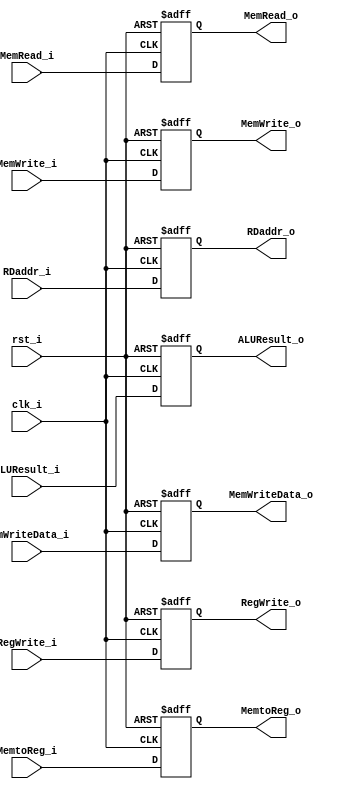
module EX_MEM(
    clk_i, 
    rst_i,
    RegWrite_i, 
    MemtoReg_i, 
    MemRead_i, 
    MemWrite_i, 
    ALUResult_i, 
    MemWriteData_i, 
    RDaddr_i, 
    RegWrite_o, 
    MemtoReg_o, 
    MemRead_o, 
    MemWrite_o, 
    ALUResult_o, 
    MemWriteData_o, 
    RDaddr_o
);

input clk_i;
input rst_i;
input RegWrite_i;
input MemtoReg_i;
input MemRead_i;
input MemWrite_i;
input [31:0] ALUResult_i;
input [31:0] MemWriteData_i;
input [4:0] RDaddr_i;
output RegWrite_o;
output MemtoReg_o;
output MemRead_o;
output MemWrite_o;
output [31:0] ALUResult_o;
output [31:0] MemWriteData_o;
output [4:0] RDaddr_o; 

reg RegWrite_o;
reg MemtoReg_o;
reg MemRead_o;
reg MemWrite_o;
reg [31:0] ALUResult_o;
reg [31:0] MemWriteData_o;
reg [4:0] RDaddr_o;

always@(posedge clk_i or negedge rst_i) begin
    if(~rst_i) begin
        RegWrite_o <= 0;
        MemtoReg_o <= 0;
        MemRead_o <= 0;
        MemWrite_o <= 0;
        ALUResult_o <= 32'b0;
        MemWriteData_o <= 32'b0; // RS2Data
        RDaddr_o <= 5'b0;
    end else begin
        RegWrite_o <= RegWrite_i;
        MemtoReg_o <= MemtoReg_i;
        MemRead_o <= MemRead_i;
        MemWrite_o <= MemWrite_i;
        ALUResult_o <= ALUResult_i;
        MemWriteData_o <= MemWriteData_i; // RS2Data
        RDaddr_o <= RDaddr_i;
    end
end

endmodule